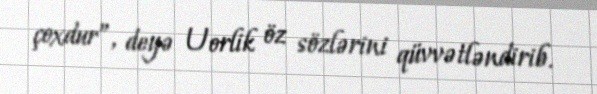
çoxdur”, deyə Uorlik öz sözlərini qüvvətləndirib.